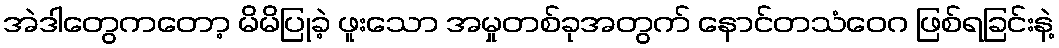
အဲဒါတွေကတော့ မိမိပြုခဲ့ ဖူးသော အမှုတစ်ခုအတွက် နောင်တသံဝေဂ ဖြစ်ရခြင်းနဲ့